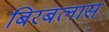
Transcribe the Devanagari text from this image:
बिरबलास